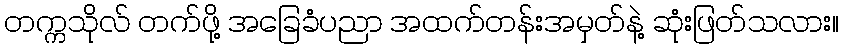
တက္ကသိုလ် တက်ဖို့ အခြေခံပညာ အထက်တန်းအမှတ်နဲ့ ဆုံးဖြတ်သလား။